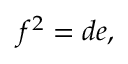
\displaystyle f ^ { 2 } = d e ,